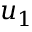
u _ { 1 }